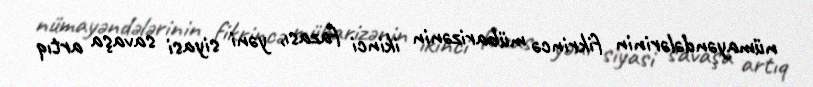
nümayəndələrinin fikrincə mübarizənin ikinci fazası, yəni siyasi savaşa artıq